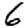
Digit: 6